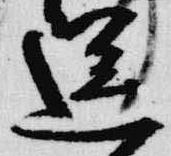
送